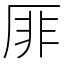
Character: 厞